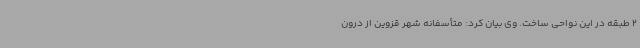
2 طبقه در این نواحی ساخت. وی بیان کرد: متأسفانه شهر قزوین از درون